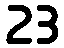
23